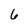
Character: 6